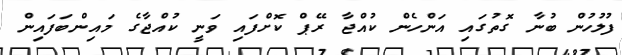
ފުލުހުން ބުނާ ގޮތުގައި އަންހެން ކުއްޖާ ރޭޕް ކޮށްފައި ވަނީ ކުއްޖާގެ މައިންބަފައިން